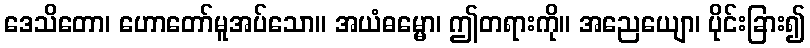
ဒေသိတော၊ ဟောတော်မူအပ်သော။ အယံဓမ္မော၊ ဤတရားကို။ အညေယျော၊ ပိုင်းခြား၍